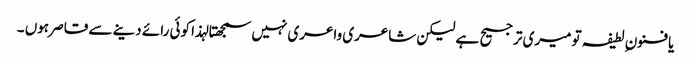
یا فنون ِ لطیفہ تو میری ترجیح ہے لیکن شاعری واعری نہیں سمجھتا لہذا کوئی رائے دینے سے قاصر ہوں ۔